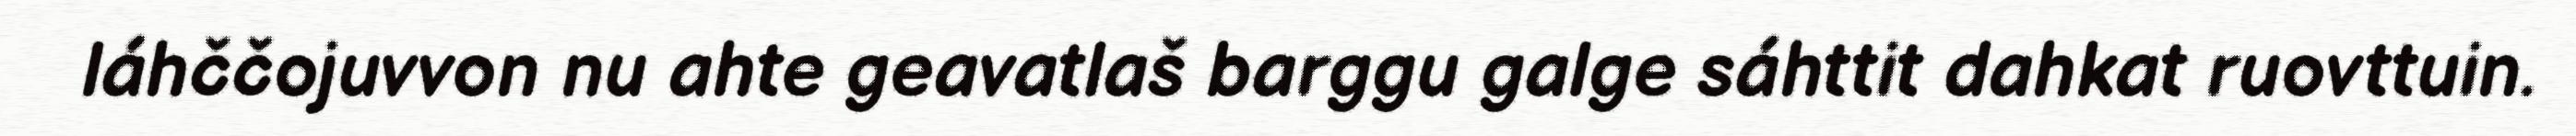
láhččojuvvon nu ahte geavatlaš barggu galge sáhttit dahkat ruovttuin.